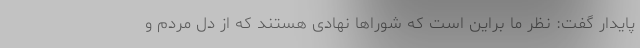
پایدار گفت: نظر ما براین است که شوراها نهادی هستند که از دل مردم و